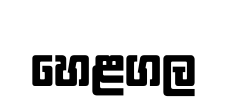
හෙළගල